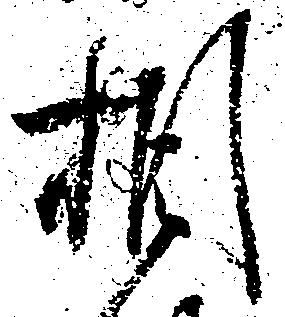
相